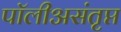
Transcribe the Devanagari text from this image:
पॉलीअसंतृप्त